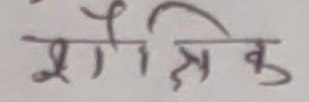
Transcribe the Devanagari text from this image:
भौतिक